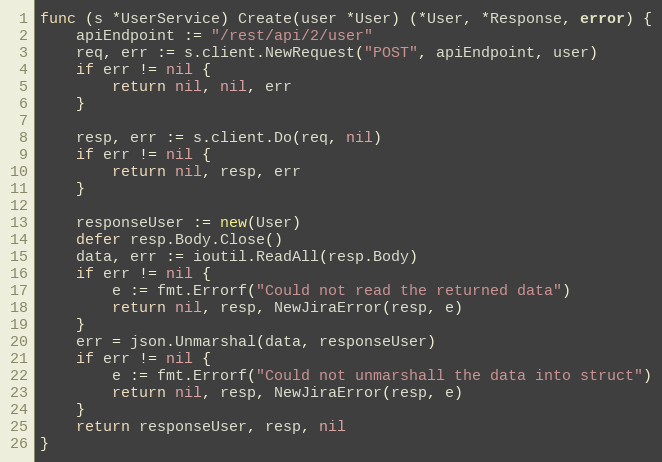
Language: Go
func (s *UserService) Create(user *User) (*User, *Response, error) {
	apiEndpoint := "/rest/api/2/user"
	req, err := s.client.NewRequest("POST", apiEndpoint, user)
	if err != nil {
		return nil, nil, err
	}

	resp, err := s.client.Do(req, nil)
	if err != nil {
		return nil, resp, err
	}

	responseUser := new(User)
	defer resp.Body.Close()
	data, err := ioutil.ReadAll(resp.Body)
	if err != nil {
		e := fmt.Errorf("Could not read the returned data")
		return nil, resp, NewJiraError(resp, e)
	}
	err = json.Unmarshal(data, responseUser)
	if err != nil {
		e := fmt.Errorf("Could not unmarshall the data into struct")
		return nil, resp, NewJiraError(resp, e)
	}
	return responseUser, resp, nil
}